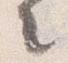
々